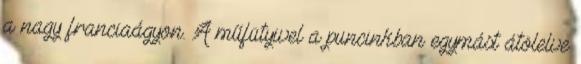
a nagy franciaágyon. A műfütyivel a puncinkban egymást átölelve